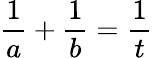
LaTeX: {\frac{1}{a}}+{\frac{1}{b}}={\frac{1}{t}}